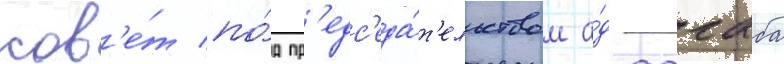
сов'е́т по́д пр'едс'еда́т'ельством а́д-дагаба